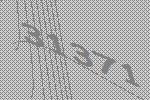
31371